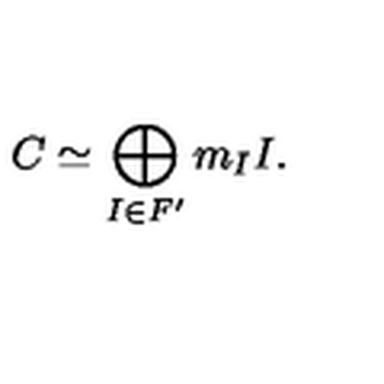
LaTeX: C \simeq \bigoplus _ { I \in F ^ { \prime } } m _ { I } I .